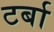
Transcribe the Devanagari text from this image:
टर्बा